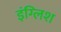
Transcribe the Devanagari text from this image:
इंग्‍लिश